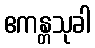
ဧကန္တသုခါ